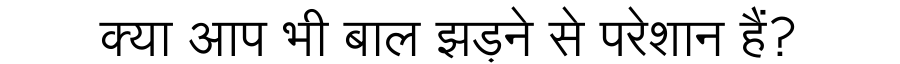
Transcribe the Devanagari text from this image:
क्या आप भी बाल झड़ने से परेशान हैं?